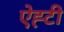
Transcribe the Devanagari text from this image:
ऐह्टी